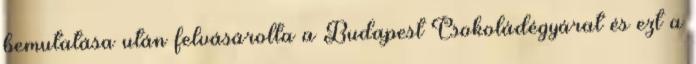
bemutatása után felvásárolta a Budapest Csokoládégyárat és ezt a